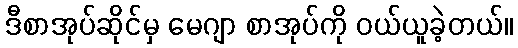
ဒီစာအုပ်ဆိုင်မှ မေဂျာ စာအုပ်ကို ဝယ်ယူခဲ့တယ်။